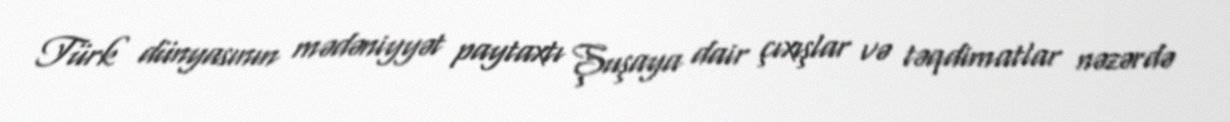
Türk dünyasının mədəniyyət paytaxtı Şuşaya dair çıxışlar və təqdimatlar nəzərdə